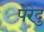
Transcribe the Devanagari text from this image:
पेरेदु